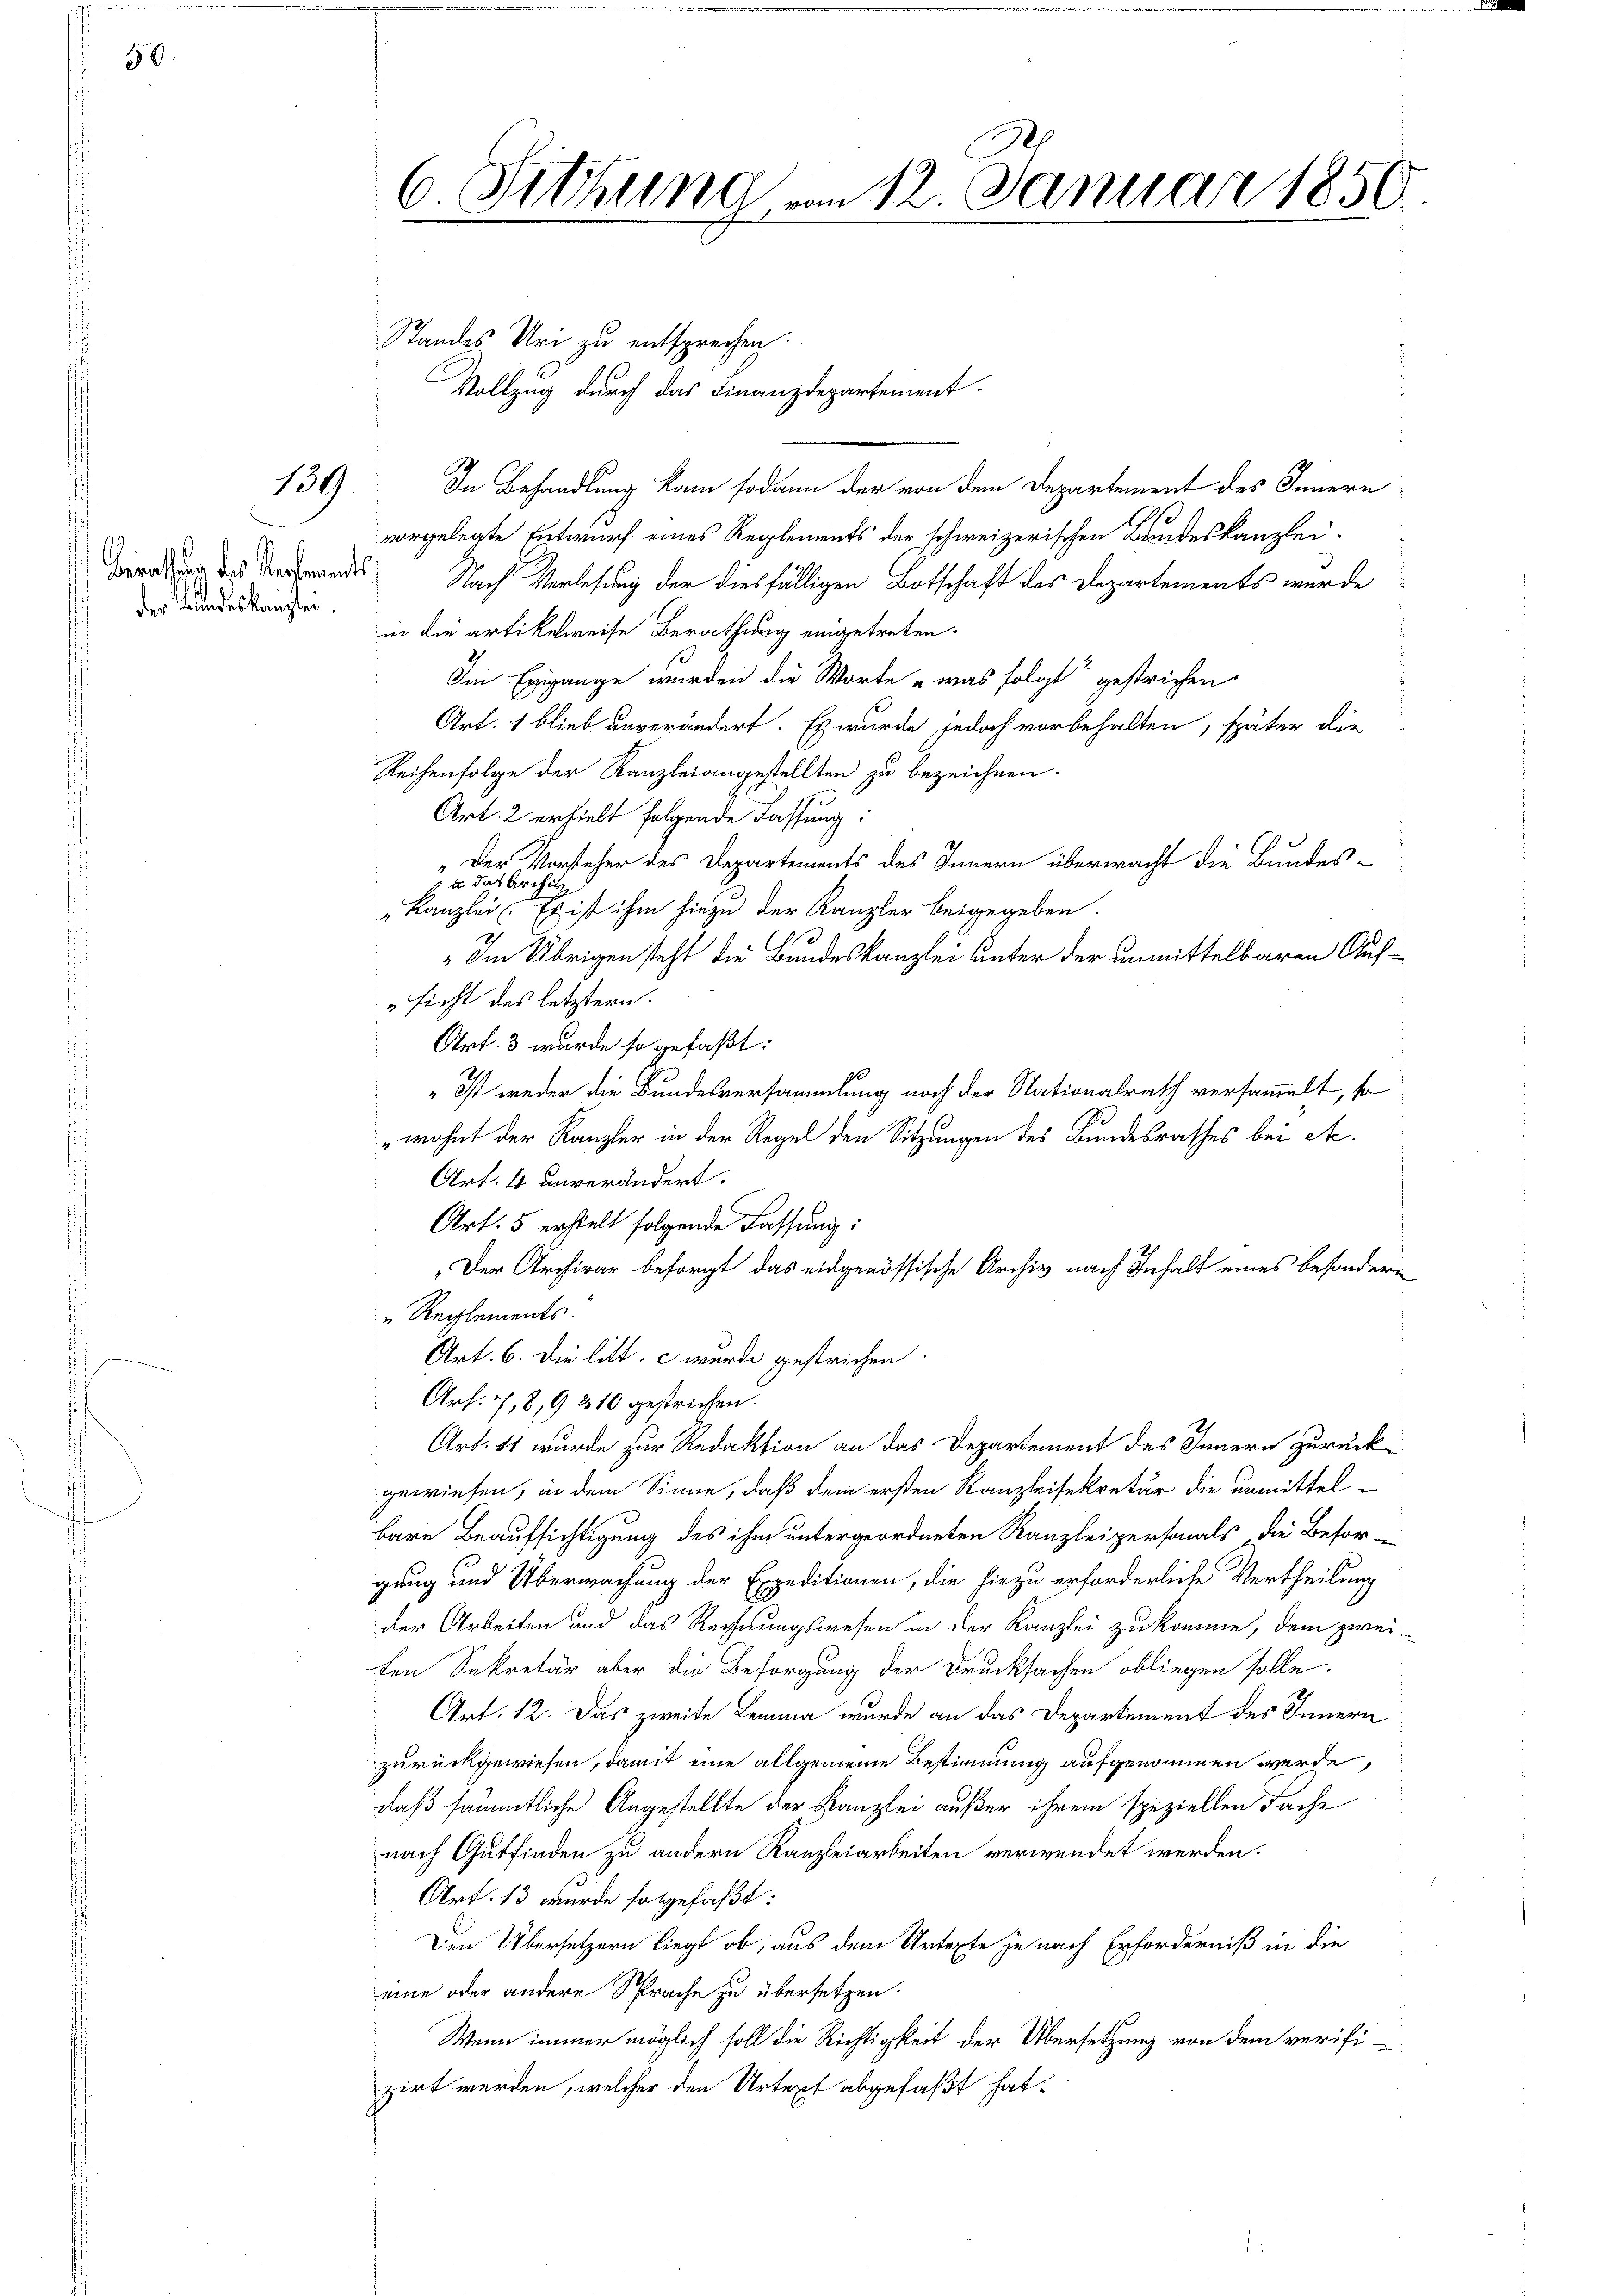
139

der Bundeskanzlei.

Standes Uri zu entsprechen.
In Behandlung kam sodann der von dem Departement des Innern
vorgelegte Entwurf eines Reglements der schweizerischen Bandeskanzlei-
Beratung des Verhande. Nach Verlesung der diesfälligen Botschaft des Departements wurde
in die artikelweise Berathung eingetreten.
Im Egigange wurden die Worte „was folgt gestrichen.
Art. 1 blieb unverändert. Es wurde jedoch vorbehalten, später die
Reihenfolge der Kanzleiangestellten zu bezeichnen.
Art. 2 erhielt folgende Fassung:
„Der Vorsteher des Departements des Innern überwacht die Bundess u das Archiv
"Kanzlei. Es ist ihm hiezu der Kanzler beigegeben.
Im Übrigen steht die Bundeskanzlei unter der unmittelbaren Auf¬
„sicht des letztern.
Art. 3 wurde so gefaßt:
" Ist weder die Bundesversammlung noch der Nationalrath versammelt, so
„wohnt der Kanzler in der Regel den Sitzungen des Bundesrathes bei etc.
Art. 4 unverändert.
Art: 5 erstelt folgende Fassung:
„Der Archivar besorgt das eidgenössische Archiv nach Inhalt eines besondere
„Reglements.
Art. 6. Die litt. c wurde gestrichen.
Art. 7, 8,9 310 gestrichen.
Art. 11 wurde zur Redaktion an das Departement des Innern zurück-
gewiesen, in dem Sinne, daß dem ersten Kanzleisekretär die unmittelbare Beaufsichtigung des ihm untergeordneten Kanzleipersonals, die Befor-
gung und Überwachung der Expeditionen, die hiezu erforderliche Vertheilung
der Arbeiten und das Rechnungswesen in der Kanzlei zukomme, dem zweiten Sekretär aber die Besorgung der Drucksachen obliegen solle.
Art. 12. Das zweite Lemma wurde an das Departement des Innern
zurückgewiesen, damit eine allgemeine Bestimmung aufgenommen werde,
daß sämmtliche Angestellte der Kanzlei außer ihrem speziellen Fache
nach Gutfinden zu andern Kanzleiarbeiten verwendet werden.
Art. 13 wurde so gefaßt:
Den Übersetzern liegt ob, aus dem Urtexte je nach Erforderniß in die
eine oder andere Sprache zu übersetzen.
Wenn immer möglich soll die Richtigkeit der Übersetzung von dem verifizirt werden, welcher den Urtopf abgefaßt hat.

6. Sitzung vom 12. Januar 1850.

Vollzug durch das Finanzdepartement.